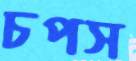
চপস